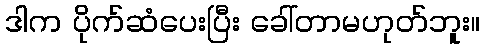
ဒါက ပိုက်ဆံပေးပြီး ခေါ်တာမဟုတ်ဘူး။